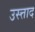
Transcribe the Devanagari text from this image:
उस्त्ताद